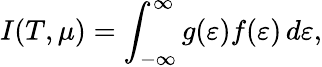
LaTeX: I(T,\mu)=\int_{-\infty}^{\infty}g(\varepsilon)f(\varepsilon)\, d\varepsilon,